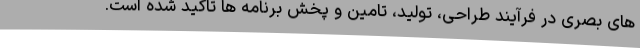
های بصری در فرآیند طراحی، تولید، تامین و پخش برنامه ها تاکید شده است.